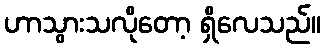
ဟာသွားသလိုတော့ ရှိလေသည်။